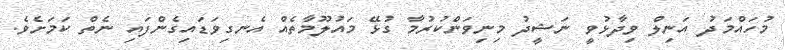
މުހައްމަދު އަނިލް ވިދާޅުވީ ނަޝީދު މިނިވަންކުރުމާ ގުޅޭ މައުލޫމާތެއް އެނގިވަޑައިގެންފައި ނެތް ކަމަށެވެ.